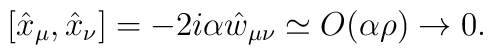
[\hat{x}_{\mu},\hat{x}_{\nu}]=-2i\alpha\hat{w}_{\mu\nu} \simeq O (\alpha \rho) \rightarrow 0.